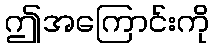
ဤအကြောင်းကို